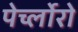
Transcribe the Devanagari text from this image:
पेर्च्लोरो